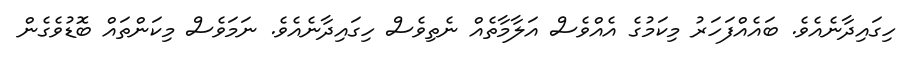
ހިގައިދާނެއެވެ. ބައެއްފަހަރު މިކަމުގެ އެއްވެސް އަލާމާތެއް ނެތިވެސް ހިގައިދާނެއެވެ. ނަމަވެސް މިކަންތައް ބޮޑުވެގެން